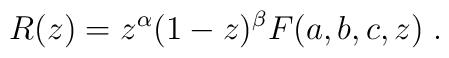
R(z)=z^{\alpha }(1-z)^{\beta }F(a,b,c,z)\;.